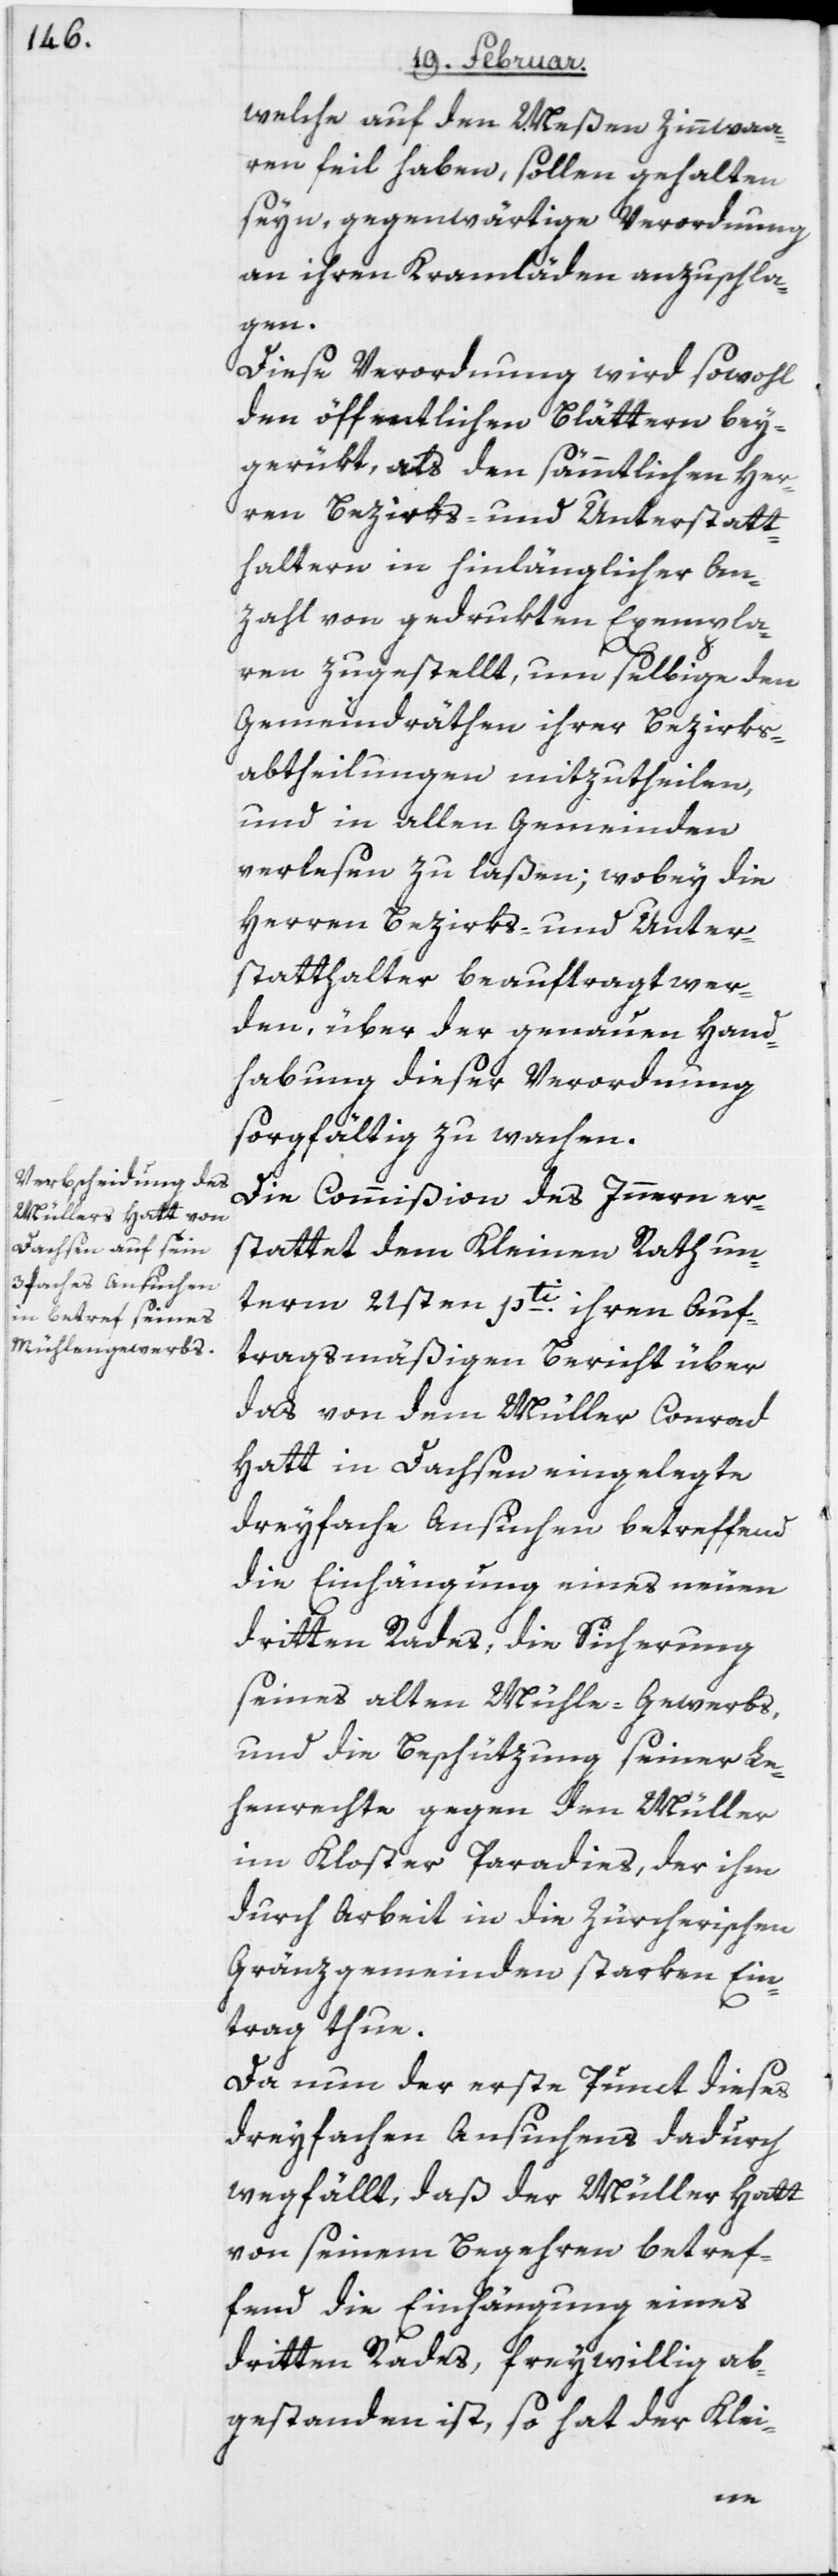
welche auf den Meßen Zinnwaa¬
ren feil haben, sollen gehalten
seyn, gegenwärtige Verordnung
an ihren Kramläden anzuschla¬
gen.
Diese Verordnung wird sowohl
den öffentlichen Blättern bey¬
gerükt, als den sämmtlichen Her¬
ren Bezirks- und Unterstatt¬
haltern in hinlänglicher An¬
zahl von gedrukten Exempla¬
ren zugestellt, um selbige den
Gemeindräthen ihrer Bezirks¬
abtheilungen mitzutheilen,
und in allen Gemeinden
verlesen zu laßen; wobey die
Herren Bezirks- und Unter¬
statthalter beauftragt wer¬
den, über der genauen Hand¬
habung dieser Verordnung
sorgfältig zu wachen.
Die Commißion des Innern er¬
stattet dem Kleinen Rath un¬
term 21sten pti. ihren Auf¬
tragsmäßigen Bericht über
das von dem Müller Conrad
Hatt in Dachsen eingelegte
dreyfache Ansuchen betreffend
die Einhängung eines neuen
dritten Rades, die Sicherung
seines alten Mühlegewerbs,
und die Beschützung seiner Le¬
henrechte gegen den Müller
im Kloster Paradies, der ihm
durch Arbeit in die Zürcherischen
Gränzgemeinden starken Ein¬
trag thue.
Da nun der erste Punct dieses
dreyfachen Ansuchens dadurch
wegfällt, daß der Müller Hatt
von seinem Begehren betref¬
fend die Einhängung eines
dritten Rades, freywillig ab¬
gestanden ist, so hat der Klei-